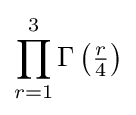
\prod _{r=1}^{3}\Gamma \left({\tfrac {r}{4}}\right)